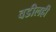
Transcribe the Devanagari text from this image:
वडीलही